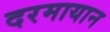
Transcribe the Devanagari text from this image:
दरमायान